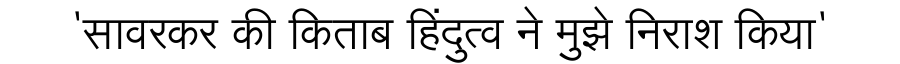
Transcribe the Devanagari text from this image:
'सावरकर की किताब हिंदुत्व ने मुझे निराश किया'